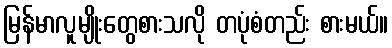
မြန်မာလူမျိုးတွေစားသလို တပုံစံတည်း စားမယ်။